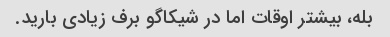
بله، بیشتر اوقات اما در شیکاگو برف زیادی بارید.